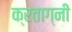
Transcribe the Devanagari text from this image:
क्रताग्नी